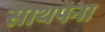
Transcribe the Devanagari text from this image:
साथपना